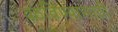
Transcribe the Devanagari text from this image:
वठविण्यासाठी